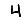
Digit: 4